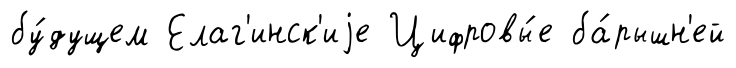
бу́дущем Елаг'инск'иjе Цифровы́е ба́рышн'ей